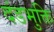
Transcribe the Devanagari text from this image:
दंडभुक्ति